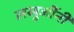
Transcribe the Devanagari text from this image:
लखुजींनी